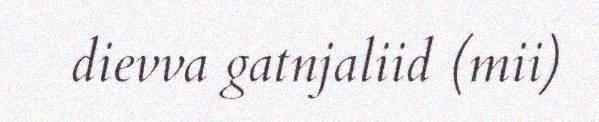
dievva gatnjaliid (mii)